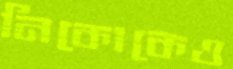
নিকোকেও